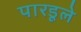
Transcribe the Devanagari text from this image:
पारडूले